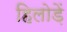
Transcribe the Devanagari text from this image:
हिलोड़ें